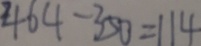
4 6 4 - 3 5 0 = 1 1 4